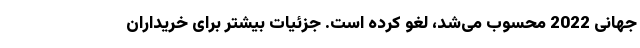
جهانی 2022 محسوب می‌شد، لغو کرده است. جزئیات بیشتر برای خریداران